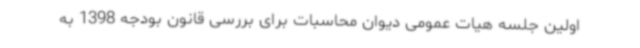
اولین جلسه هیات عمومی دیوان محاسبات برای بررسی قانون بودجه 1398 به